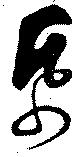
紙